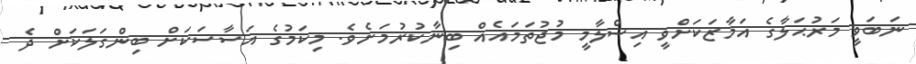
ނަބަވީ މަރުޙަލާގެ އަމާޒަކަށްވީ އިސްލާމީ މުޖުތަމައެއް ބިނާކުރުމަށެވެ. މިކަމުގެ އަސާސަކަށް ބިންގަލަކަށް ދެ